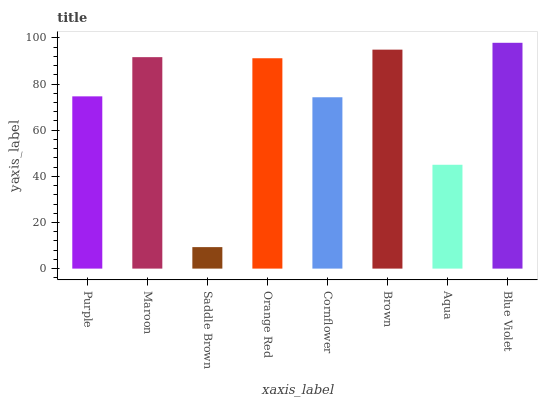
| xaxis_label | bars |
 | --- | --- |
 | Purple | 74.7 |
 | Maroon | 91.7 |
 | Saddle Brown | 9.32 |
 | Orange Red | 91.2 |
 | Cornflower | 74.3 |
 | Brown | 94.9 |
 | Aqua | 45 |
 | Blue Violet | 97.9 |